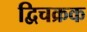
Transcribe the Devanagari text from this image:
द्विचक्रक